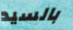
بالسيد